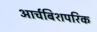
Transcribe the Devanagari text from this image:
आर्चबिशपरिक